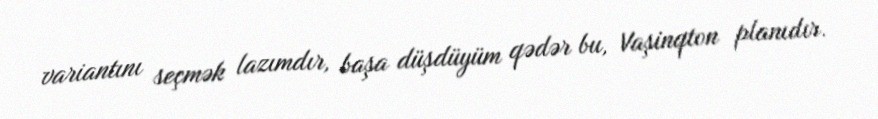
variantını seçmək lazımdır, başa düşdüyüm qədər bu, Vaşinqton planıdır.